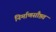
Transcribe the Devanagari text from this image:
निर्माणसौष्ठव